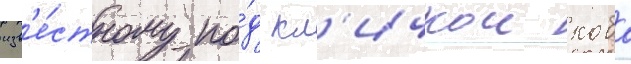
изв'е́стному по́д кл'ичкои коба